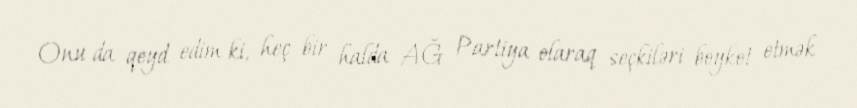
Onu da qeyd edim ki, heç bir halda AĞ Partiya olaraq seçkiləri boykot etmək